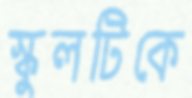
স্কুলটিকে